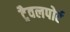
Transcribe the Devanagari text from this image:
ट्रैवलपोर्ट